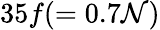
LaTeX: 35f(=0.7\mathcal{N})